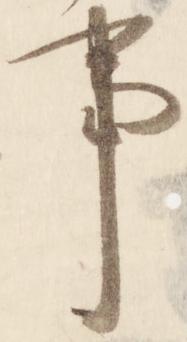
事